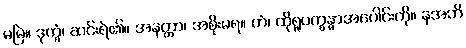
မမြဲ။ ဒုက္ခံ၊ ဆင်းရဲ၏။ အနတ္တာ၊ အစိုးမရ။ တံ၊ ထိုရူပက္ခန္ဓာအပေါင်းကို။ နအဘိ